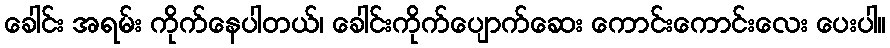
ခေါင်း အရမ်း ကိုက်နေပါတယ်၊ ခေါင်းကိုက်ပျောက်ဆေး ကောင်းကောင်းလေး ပေးပါ။